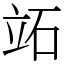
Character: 䇉